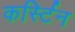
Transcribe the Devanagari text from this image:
कर्स्टिन